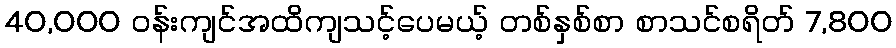
40,000 ဝန်းကျင်အထိကျသင့်ပေမယ့် တစ်နှစ်စာ စာသင်စရိတ် 7,800